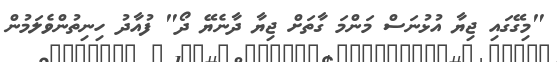
"މިގޭގައި ޖިޔާ އުޅުނަސް މަންމަ ގާތަށް ޖިޔާ ދާނެޔޭ ދޯ" ފުއާދު ހިނިތުންވެލަމުން